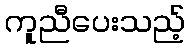
ကူညီပေးသည့်